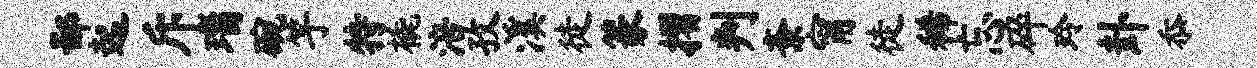
鄙起斥瑙碗竽特橇涪孜溪徒篆摺判紊甯徒稀忘碎玲卦忝